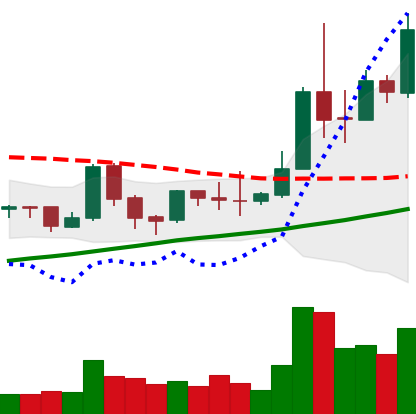
Ticker: TRX-USD
Chart end date: 2019-04-07
Forward return: -8.088%
Label: down_7plus